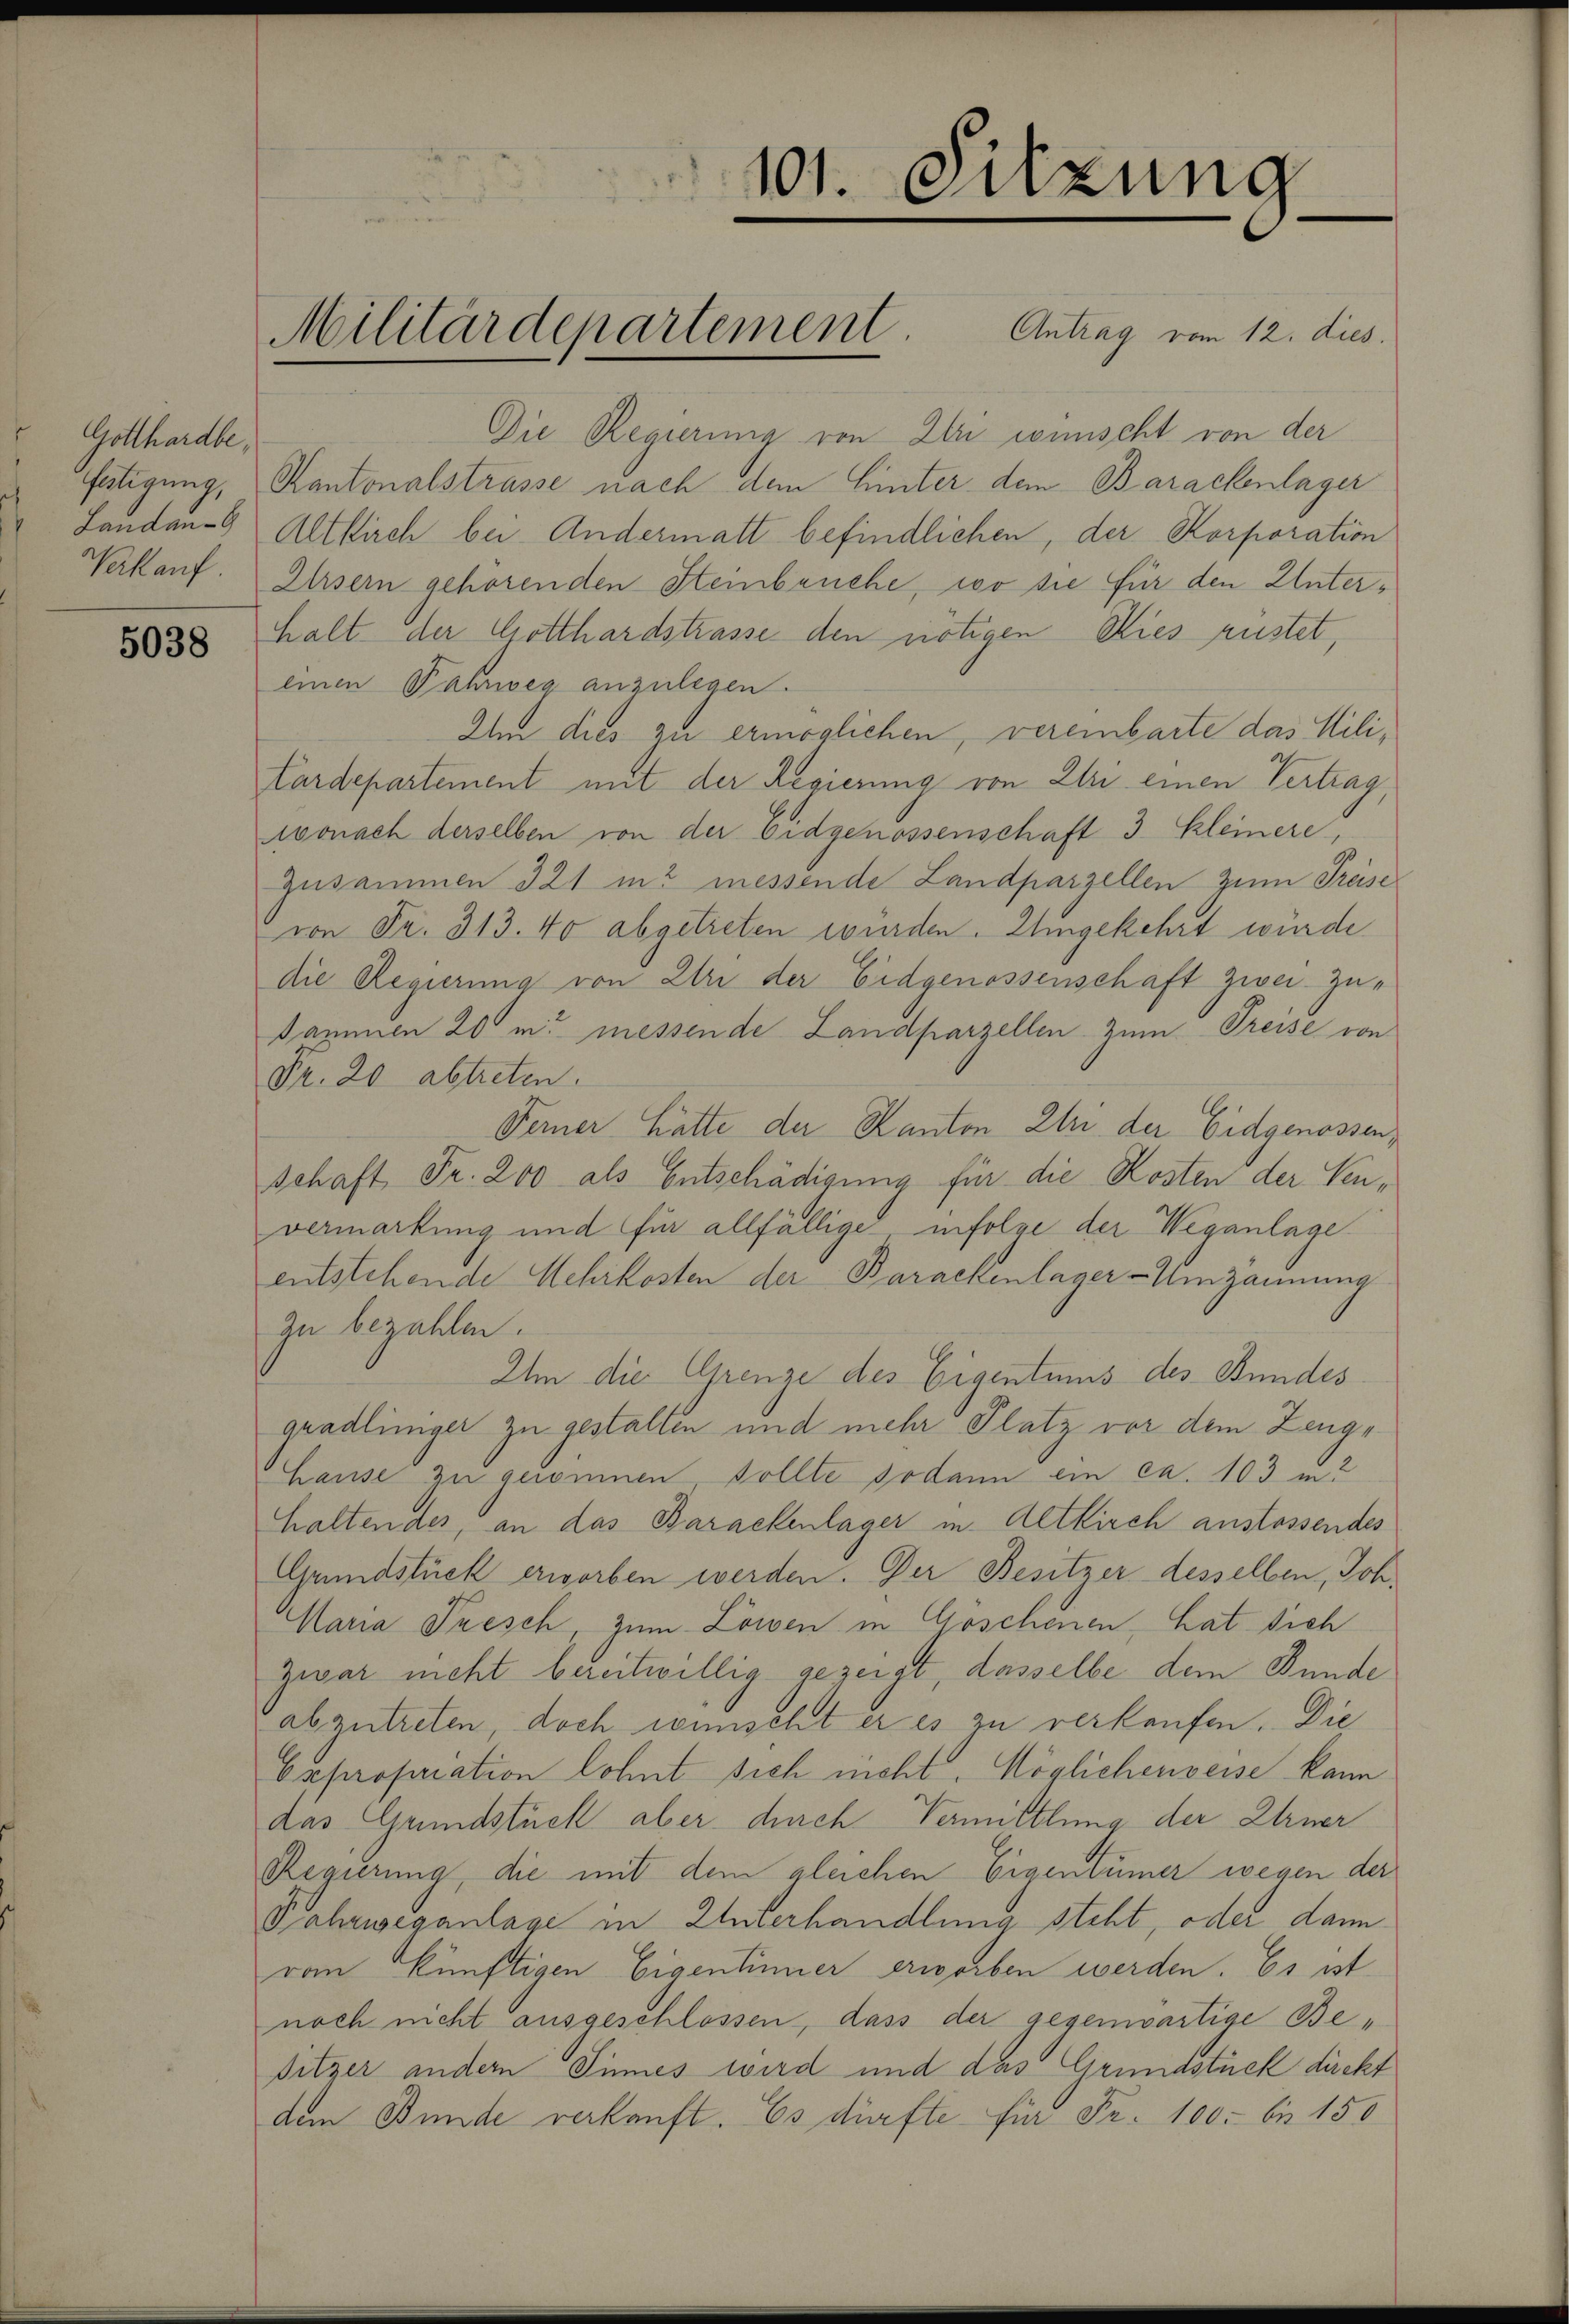
Gotthardbe¬

5038

101. Sitzung

Militärdepartement. Antrag vom 12. dies

Die Regierung von Ali wünscht von der
fätigung, Kantonalstrasse nach dem Hinter dem Barackenlager
Landan Altkirch bei. Andermatt befindlichen, der Korporation
Nekauf. Elisern gehörenden Steinbruche, wo sie für den Unterhalt der Gotthardstrasse den nötigen Kies rustet,
einen Fahrweg anzulegen.
Um dies zu ermöglichen, vereinbarte das Mili¬
Cardepartement mit der Regierung von Uri einen Vertrag,
wonach derselben von der Eidgenossenschaft 3. Kleinere,
Zusammen 321 in messende Landparzellen zum Preise
von Fr. 313. 40 abgetreten würden. Umgekehrt würde
die Regierung von Uri der Eidgenossenschaft zwei Zu¬
Sammen 20 m messende Landparzellen. Zum Preise von
Fr. 20 abtreten.
Ferner hätte der Kanton Uri der Eidgenossen,
schaft Fr. 200 als Entschädigung für die Kosten der Venvermarkung und für allfällige infolge der Weganlage
entstehende Mehrkosten der Barackenlager - Umzäunung
Zu bezahlen.
Um die Grenze des Eigentums des Bundes
gradliniger zu gestalten und mehr Platz vor dem Zeuge
Hause zu genommen, sollte sodann ein ca. 103 m2
haltendes, an das Barackenlager in Altkirch anstossendes
Grundstück erworben werden. Der Besitzer desselben, Joh.
Maria Presch, zum Löwen in Göschenen, hat sich
zwar nicht bereitwillig gezeigt, dasselbe dem Bunde
abzutreten, doch wünscht er es zu verkaufen. Die
Expropriation lohnt sich nicht. Möglichenweise kann
das Grundstück aber durch Vermittlung der Urner
Regierung, die mit dem gleichen Eigentümer wegen der
Fahrweganlage in Unterhandlung steht, oder dann
vom künftigen Eigentinner erworben werden. Es ist
noch nicht ausgeschlossen, dass der gegenwärtige Besitzer andern Sinnes wird und das Grundstück direkt
dem Bunde verkauft. Es dürfte für Fr. 100. bis 150